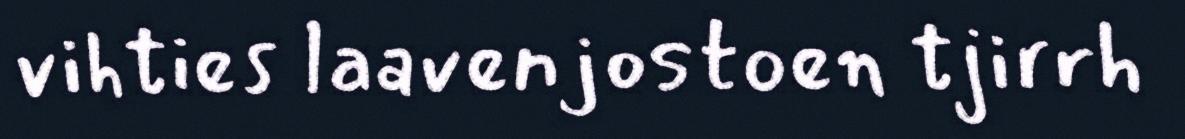
vihties laavenjostoen tjirrh